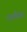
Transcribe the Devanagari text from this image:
उपशैलीचा